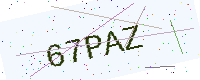
Text: 67PAZ